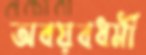
অবয়বধর্মী